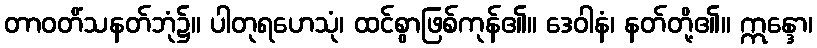
တာဝတိံသနတ်ဘုံ၌။ ပါတုရဟေသုံ၊ ထင်စွာဖြစ်ကုန်၏။ ဒေဝါနံ၊ နတ်တို့၏။ ဣန္ဒော၊